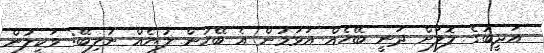
އަދީބުގެ ލޮލަށް ދަނީ ބޭހެއް އަޅަމުން އެ ބޭހުން ލުޔެއް ނުލިބޭ: ވަކީލުން